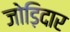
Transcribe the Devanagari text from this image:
जोड़िदार